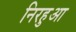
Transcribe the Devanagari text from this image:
निरहुआ